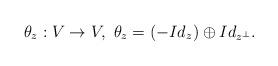
LaTeX: \begin{align*} \theta_{z}:V\rightarrow V, \ \theta_{z}=(-Id_{z})\oplus Id_{z^\bot}.\end{align*}